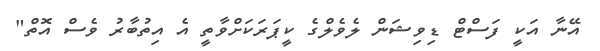
އޭނާ އަކީ ފަސްޓް ޑިވިޝަން ލެވެލްގެ ކީޕަރަކަށްވާތީ އެ އިތުބާރު ވެސް އޮތް"